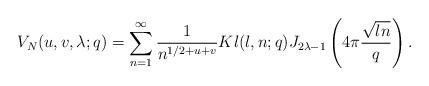
LaTeX: \begin{align*} V_{N}(u,v,\lambda;q)=\sum_{n=1}^{\infty}\frac{1}{n^{1/2+u+v}}Kl(l,n;q)J_{2\lambda-1}\left( 4\pi \frac{\sqrt{ln}}{q}\right).\end{align*}